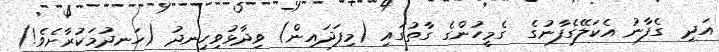
އަދި  ގެފާނު އެކަލޭގެފާނުގެ  ގެމީހުންގެ ގާތުގައި (މިފަދައިން) ވިދާޅުވިހިނދު (ހަނދުމަކުރާށެވެ!)